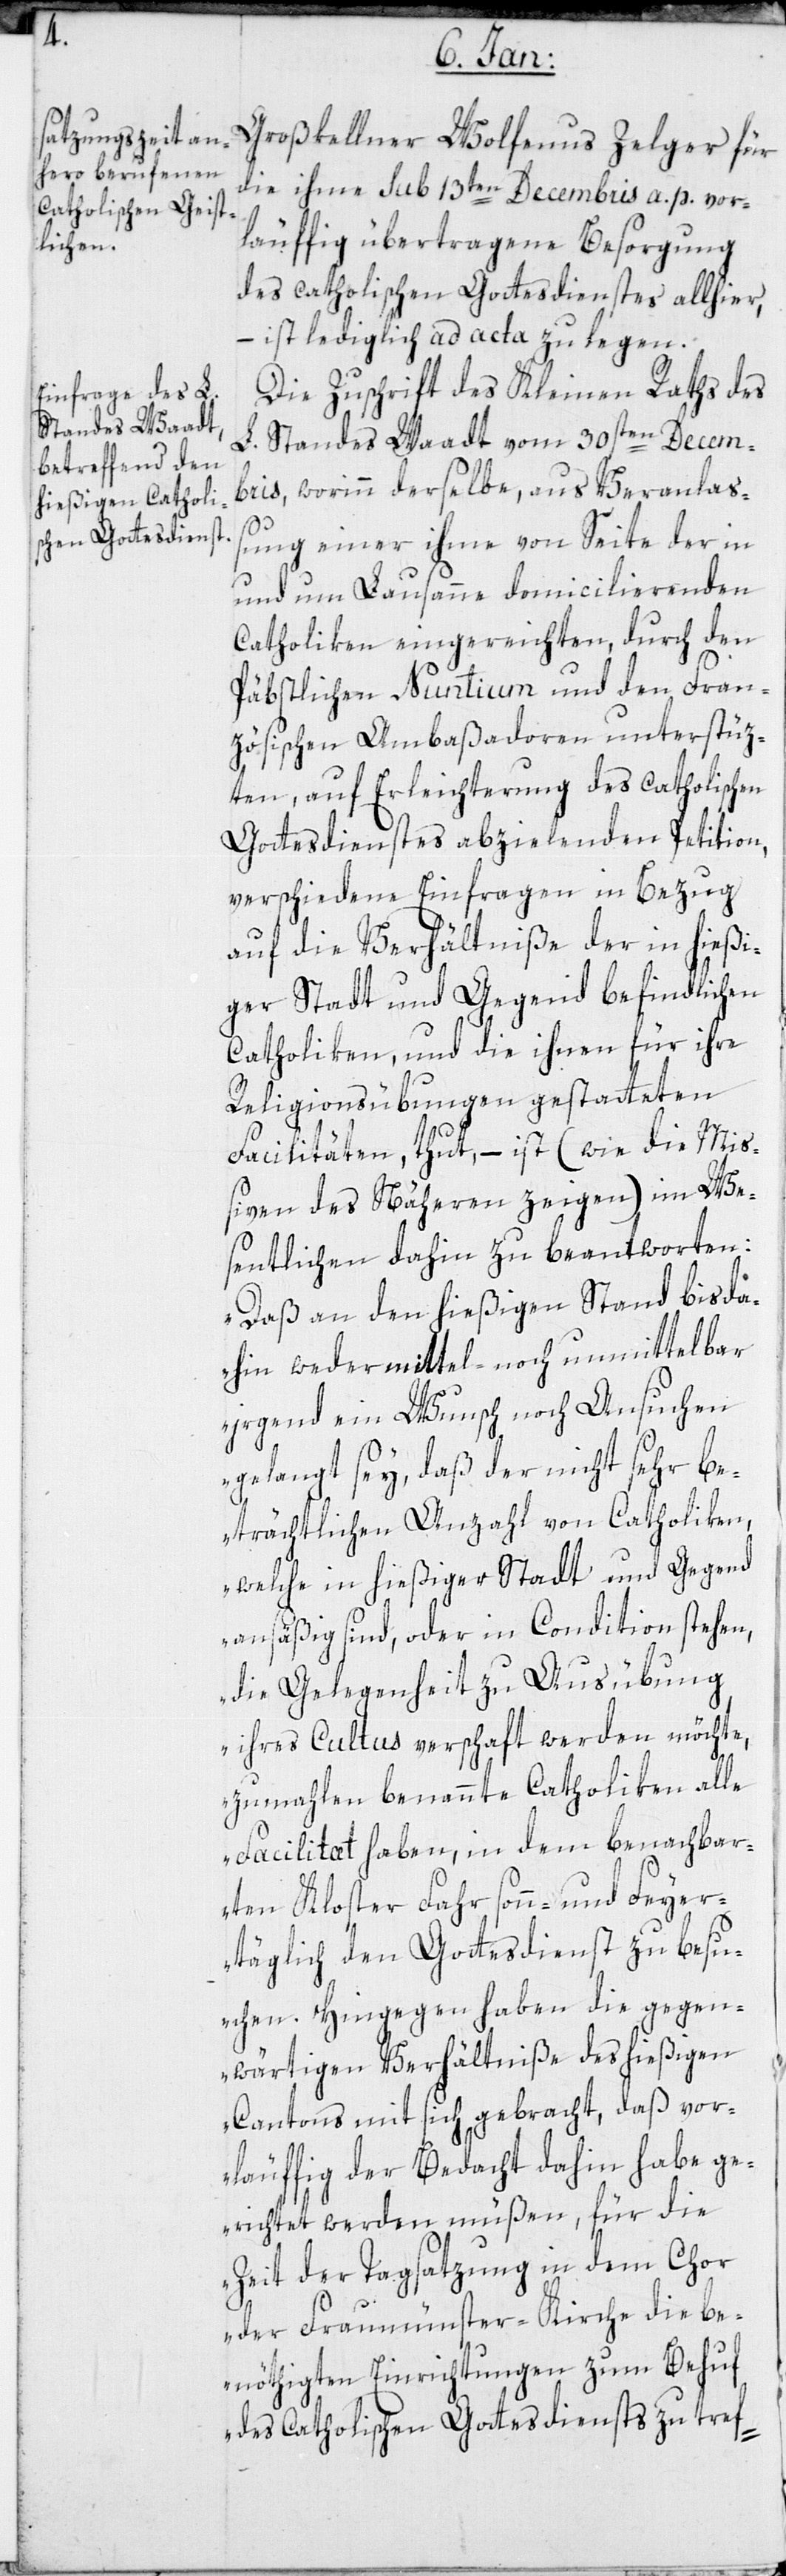
Großkellner Wolfenus Zelger für
die ihme sub 13ten Decembris a.p. vor¬
läuffig übertragene Besorgung
des catholischen Gottesdienstes allhier,
– ist lediglich ad acta zu legen.
Die Zuschrift des Kleinen Raths des
L. Standes Waadt vom 30sten Decem¬
bris, worinn derselbe aus Veranlass¬
ung einer ihme von Seite der in
und um Lausanne domicilierenden
Catholiken eingereichten, durch den
Päbstlichen Nuntium und den fran¬
zösischen Ambaßadoren unterstütz¬
ten, auf Erleichterung des catholischen
Gottesdienstes abzielenden Petition,
verschiedene Einfragen in Bezug
auf die Verhältniße der in hießi¬
ger Stadt und Gegend befindlichen
Catholiken, und die ihnen für ihre
Religionsübungen gestatteten
Facilitäten, thut, – ist (wie die Mi¬
ßiven des Näheren zeigen) im We¬
sentlichen dahin zu beantworten:
„Daß an den hießigen Stand bis da¬
hin weder mittel- noch unmittelbar
irgend ein Wunsch noch Ansuchen
gelangt sey, daß der nicht sehr be¬
trächtlichen Anzahl von Catholiken,
welche in hießiger Stadt und Gegend
ansäßig sind, oder in Condition stehen,
die Gelegenheit zu Ausübung
ihres Cultus verschafft werden möchte,
zumahlen benannte Catholiken alle
Facilität haben, in dem benachbar¬
ten Kloster Fahr sonn- und feyer¬
täglich den Gottesdienst zu besu¬
chen. Hingegen haben die gegen¬
wärtigen Verhältniße des hießigen
Cantons mit sich gebracht, daß vor¬
läuffig der Bedacht dahin habe ge¬
richtet werden müßen, für die
Zeit der Tagsatzung in dem Chor
der Fraumünster-Kirche die be¬
nöthigten Einrichtungen zum Behuf
des catholischen Gottesdiensts zu tref-